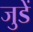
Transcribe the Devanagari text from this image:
जुडें